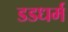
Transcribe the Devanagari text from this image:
डडधर्म